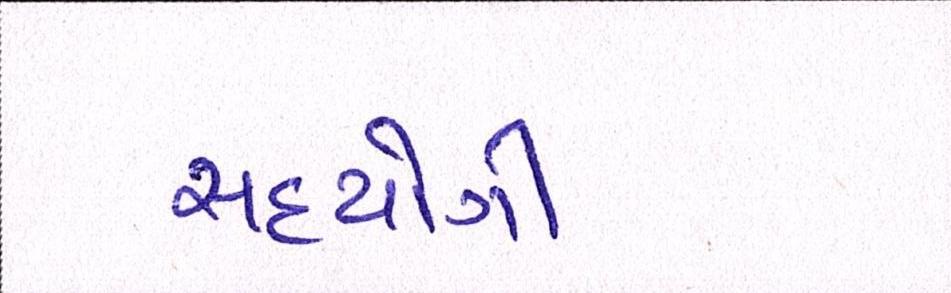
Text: સહયોગી